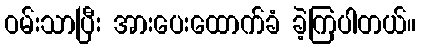
ဝမ်းသာပြီး အားပေးထောက်ခံ ခဲ့ကြပါတယ်။